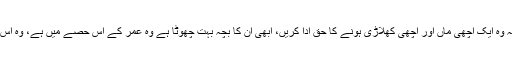
‘ ثانیہ مرزا چاہتی ہیں کہ وہ ایک اچھی ماں اور اچھی کھلاڑی ہونے کا حق ادا کریں، ابھی ان کا بچہ بہت چھوٹا ہے وہ عمر کے اس حصے میں ہے، وہ اس کو وقت دینا چاہتی ہیں ۔